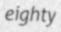
eighty